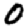
Digit: 0